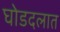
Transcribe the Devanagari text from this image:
घोडदलात